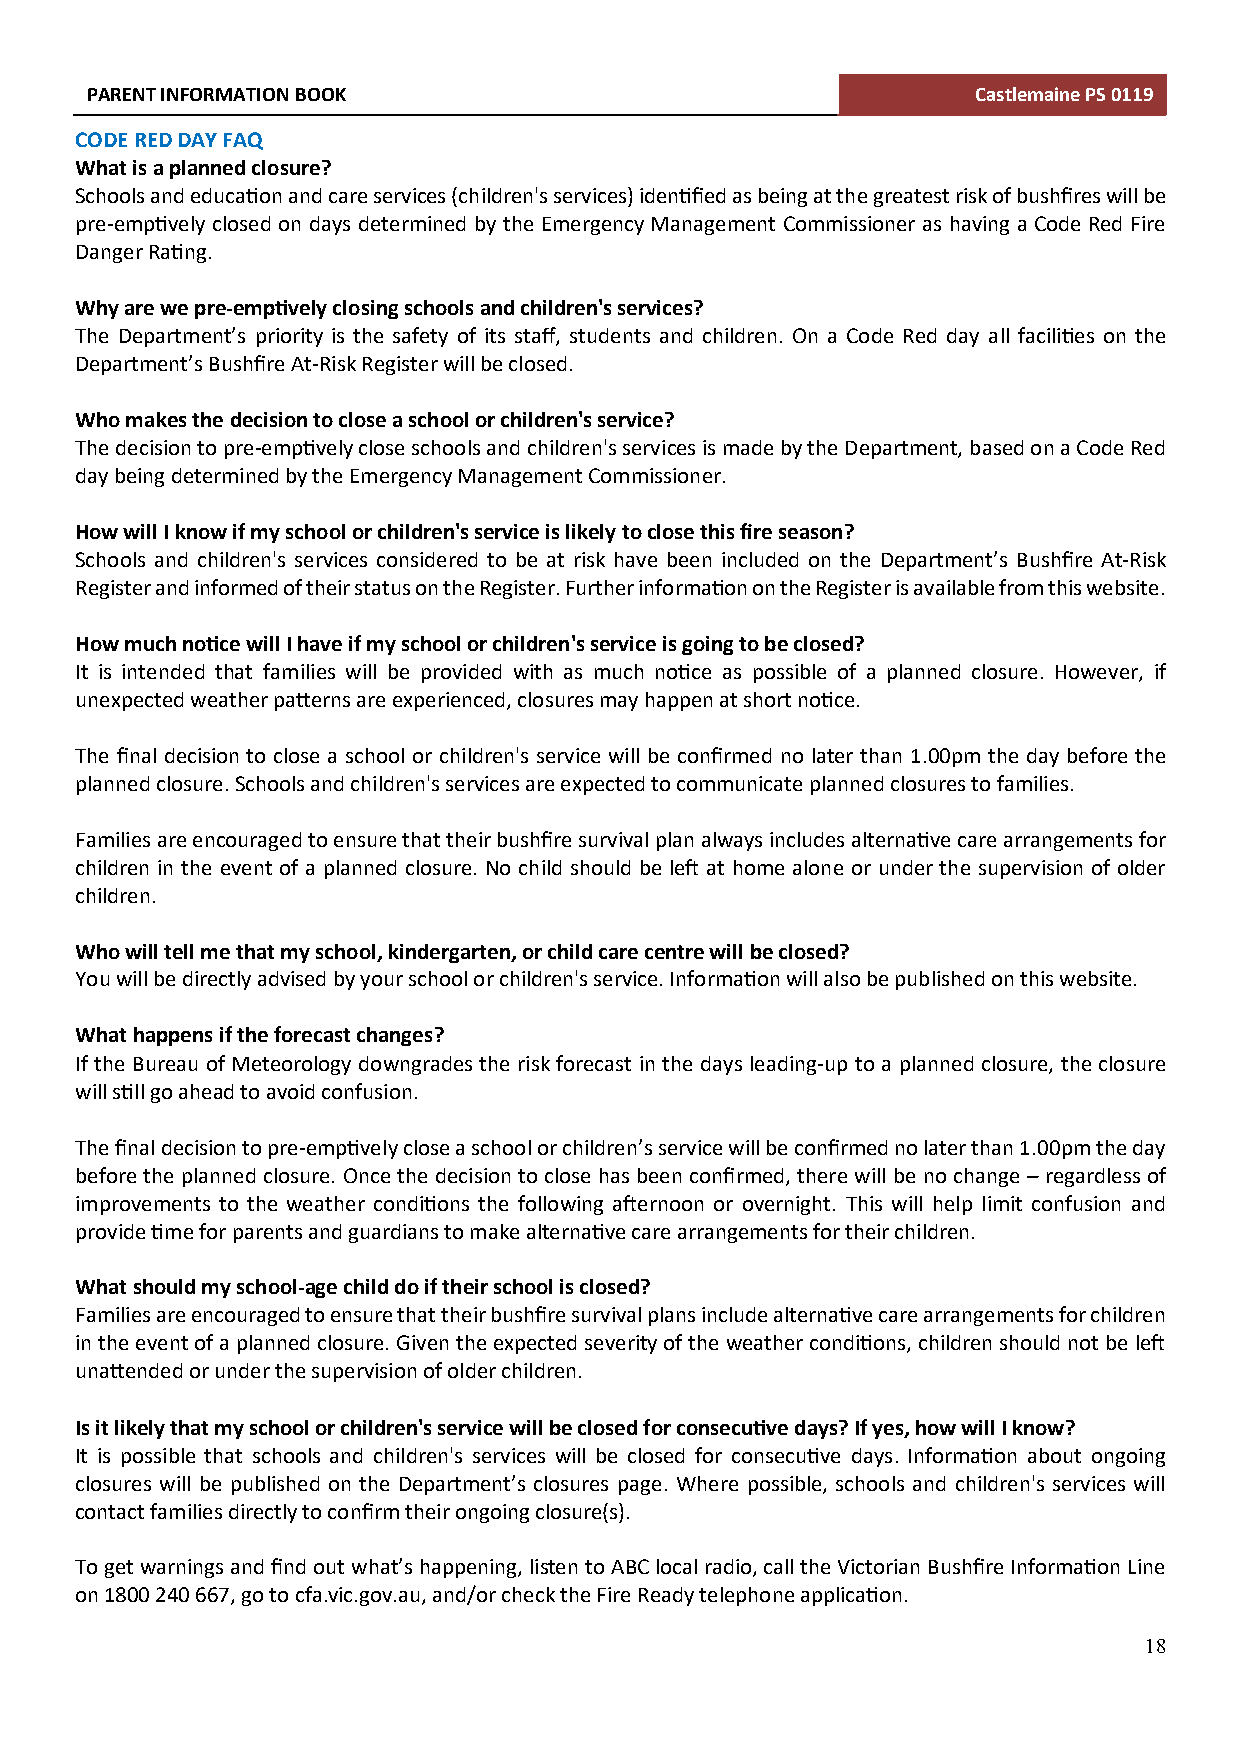
PARENT INFORMATION BOOK                                    Castlemaine PS 0119
 CODE RED DAY FAQ
 What is a planned closure?
 Schools and education and care services (children's services) identified as being at the greatest risk of bushfires will be
 pre-emptively closed on days determined by the Emergency Management Commissioner as having a Code Red Fire
 Danger Rating.
 Why are we pre-emptively closing schools and children's services?
 The Department’s priority is the safety of its staff, students and children. On a Code Red day all facilities on the
 Department’s Bushfire At-Risk Register will be closed.
 Who makes the decision to close a school or children's service?
 The decision to pre-emptively close schools and children's services is made by the Department, based on a Code Red
 day being determined by the Emergency Management Commissioner.
 How will I know if my school or children's service is likely to close this fire season?
 Schools and children's services considered to be at risk have been included on the Department’s Bushfire At-Risk
 Register and informed of their status on the Register. Further information on the Register is available from this website.
 How much notice will I have if my school or children's service is going to be closed?
 It is intended that families will be provided with as much notice as possible of a planned closure. However, if
 unexpected weather patterns are experienced, closures may happen at short notice.
 The final decision to close a school or children's service will be confirmed no later than 1.00pm the day before the
 planned closure. Schools and children's services are expected to communicate planned closures to families.
 Families are encouraged to ensure that their bushfire survival plan always includes alternative care arrangements for
 children in the event of a planned closure. No child should be left at home alone or under the supervision of older
 children.
 Who will tell me that my school, kindergarten, or child care centre will be closed?
 You will be directly advised by your school or children's service. Information will also be published on this website.
 What happens if the forecast changes?
 If the Bureau of Meteorology downgrades the risk forecast in the days leading-up to a planned closure, the closure
 will still go ahead to avoid confusion.
 The final decision to pre-emptively close a school or children’s service will be confirmed no later than 1.00pm the day
 before the planned closure. Once the decision to close has been confirmed, there will be no change – regardless of
 improvements to the weather conditions the following afternoon or overnight. This will help limit confusion and
 provide time for parents and guardians to make alternative care arrangements for their children.
 What should my school-age child do if their school is closed?
 Families are encouraged to ensure that their bushfire survival plans include alternative care arrangements for children
 in the event of a planned closure. Given the expected severity of the weather conditions, children should not be left
 unattended or under the supervision of older children.
 Is it likely that my school or children's service will be closed for consecutive days? If yes, how will I know?
 It is possible that schools and children's services will be closed for consecutive days. Information about ongoing
 closures will be published on the Department’s closures page. Where possible, schools and children's services will
 contact families directly to confirm their ongoing closure(s).
 To get warnings and find out what’s happening, listen to ABC local radio, call the Victorian Bushfire Information Line
 on 1800 240 667, go to cfa.vic.gov.au, and/or check the Fire Ready telephone application.
 18